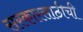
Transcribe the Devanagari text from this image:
सरकारसाठीची